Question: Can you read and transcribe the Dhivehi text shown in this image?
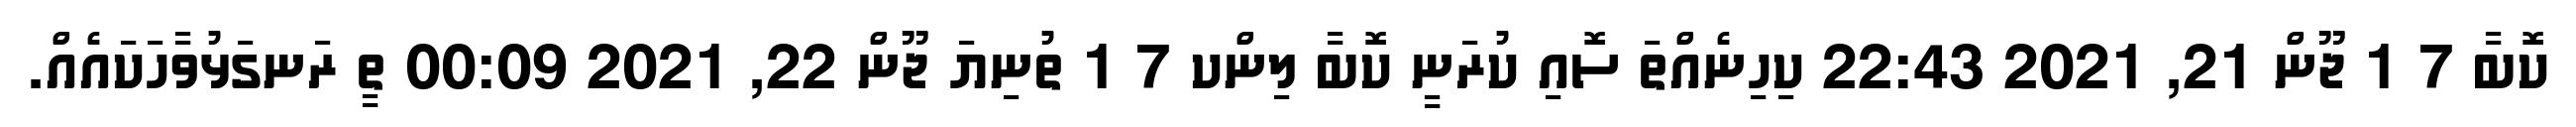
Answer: ކޮބާ 7 1 ޖޫން 21, 2021 22:43 ކިހިނެއްތަ ސޮއި ކުރަނީ ކޮބާ ލިންކ 7 1 ތުނިޔަ ޖޫން 22, 2021 00:09 ތީ ރަނގަޅުވާހަކައެއް.